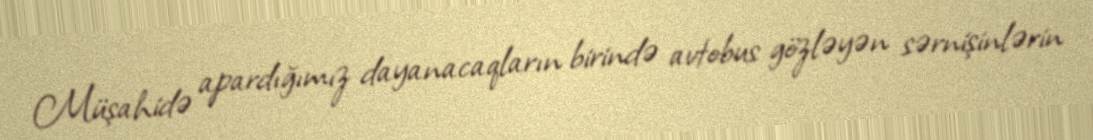
Müşahidə apardığımız dayanacaqların birində avtobus gözləyən sərnişinlərin